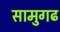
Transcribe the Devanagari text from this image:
सामुगढ